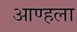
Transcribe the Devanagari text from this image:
आण्हला